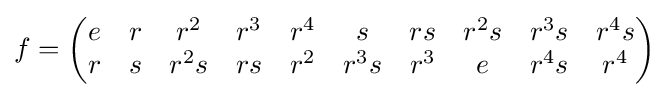
f={\begin{pmatrix}e&r&r^{2}&r^{3}&r^{4}&s&rs&r^{2}s&r^{3}s&r^{4}s\\r&s&r^{2}s&rs&r^{2}&r^{3}s&r^{3}&e&r^{4}s&r^{4}\end{pmatrix}}